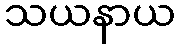
သယနာယ